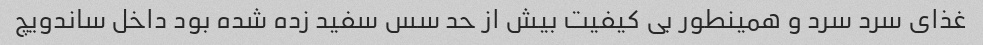
غذای سرد سرد و همینطور بی کیفیت بیش از حد سس سفید زده شده بود داخل ساندویچ